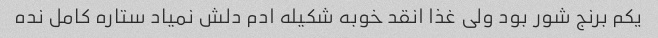
یکم برنج شور بود ولی غذا انقد خوبه شکیله ادم دلش نمیاد ستاره کامل نده